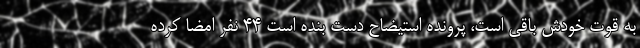
به قوت خودش باقی است، پرونده استیضاح دست بنده است ۴۴ نفر امضا کرده